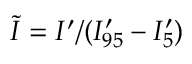
\tilde { I } = I ^ { \prime } / ( I _ { 9 5 } ^ { \prime } - I _ { 5 } ^ { \prime } )